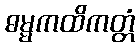
ဓမ္မကထိကတ္တံ